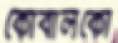
কোবালকো